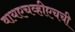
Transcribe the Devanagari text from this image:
वायएचव्हीएचची